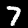
Digit: 7